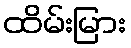
ထိမ်းမြား